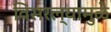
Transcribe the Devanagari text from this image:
विसरल्यामुळे